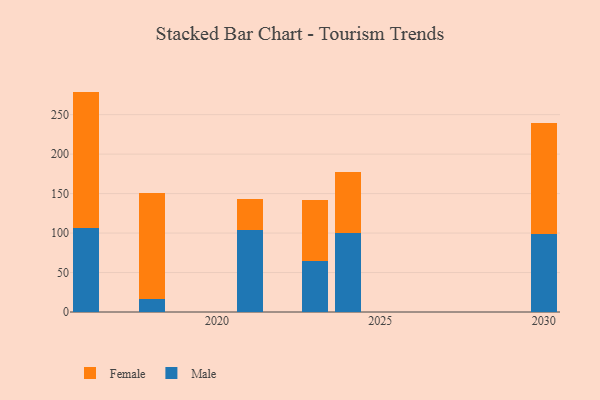
{"axis": {"x": "Year", "y": "Active Users"}, "legend": ["Female", "Male"], "data": [{"x": "2024", "y": 100.0, "type": "Male"}, {"x": "2024", "y": 77.6, "type": "Female"}, {"x": "2030", "y": 99.2, "type": "Male"}, {"x": "2030", "y": 139.6, "type": "Female"}, {"x": "2018", "y": 16.0, "type": "Male"}, {"x": "2018", "y": 134.5, "type": "Female"}, {"x": "2023", "y": 65.0, "type": "Male"}, {"x": "2023", "y": 77.3, "type": "Female"}, {"x": "2016", "y": 105.9, "type": "Male"}, {"x": "2016", "y": 173.3, "type": "Female"}, {"x": "2021", "y": 103.8, "type": "Male"}, {"x": "2021", "y": 38.8, "type": "Female"}]}